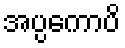
အပ္ပကောပိ